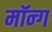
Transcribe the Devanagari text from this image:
मॉन्ग